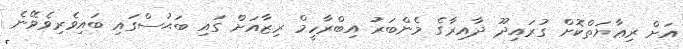
އަށް ރިޢާޔަތްކޮށް ގުރައިދޫ ދާއިރާގެ މެންބަރު އިބްރާހީމް ރިޒާއަށް ގައި ބަޙުސްގައި ބައިވެރިވެވޭނެ